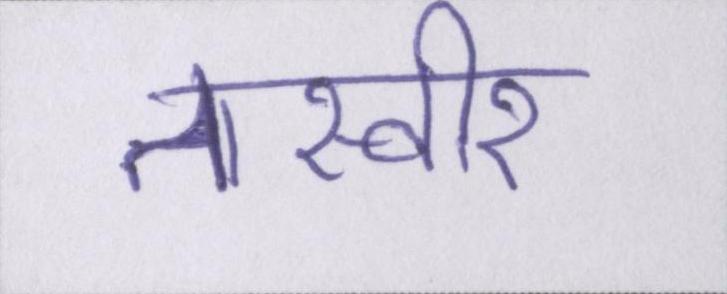
तस्वीर